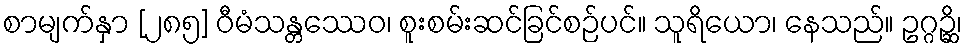
စာမျက်နှာ [၂၈၅] ဝီမံသန္တဿေဝ၊ စူးစမ်းဆင်ခြင်စဉ်ပင်။ သူရိယော၊ နေသည်။ ဥဂ္ဂဉ္ဆိ၊